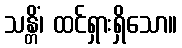
သန္တိံ၊ ထင်ရှားရှိသော။